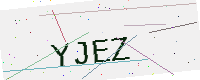
Text: YJEZ